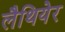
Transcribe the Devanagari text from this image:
लैथियेर